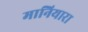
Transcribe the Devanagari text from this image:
मानियारा